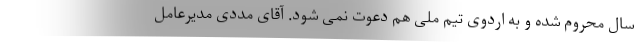
سال محروم شده و به اردوی تیم ملی هم دعوت نمی شود. آقای مددی مدیرعامل